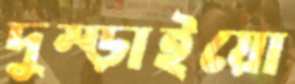
দুম্‌ড়াইয়ো